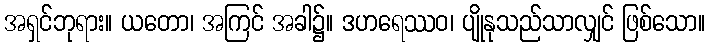
အရှင်ဘုရား။ ယတော၊ အကြင် အခါ၌။ ဒဟရေဿဝ၊ ပျိုနုသည်သာလျှင် ဖြစ်သော။